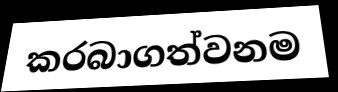
කරබාගත්වනම